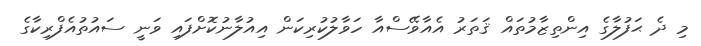
މި ދެ ޙަފުލާގެ އިންތިޒާމުތައް ޤަތަރު އެއާވޭސްއާ ހަވާލުކުރިކަން އިއުލާނުކޮށްފައި ވަނީ ސައުތުއެފްރިކާގެ